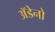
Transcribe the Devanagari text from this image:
अॅडेनो